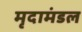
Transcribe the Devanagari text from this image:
मृदामंडल